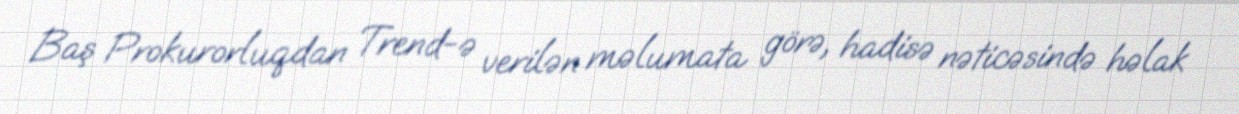
Baş Prokurorluqdan Trend-ə verilən məlumata görə, hadisə nəticəsində həlak